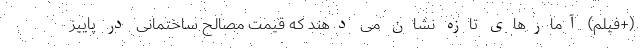
(+فیلم) آمارهای تازه نشان می دهند که قیمت مصالح ساختمانی در پاییز